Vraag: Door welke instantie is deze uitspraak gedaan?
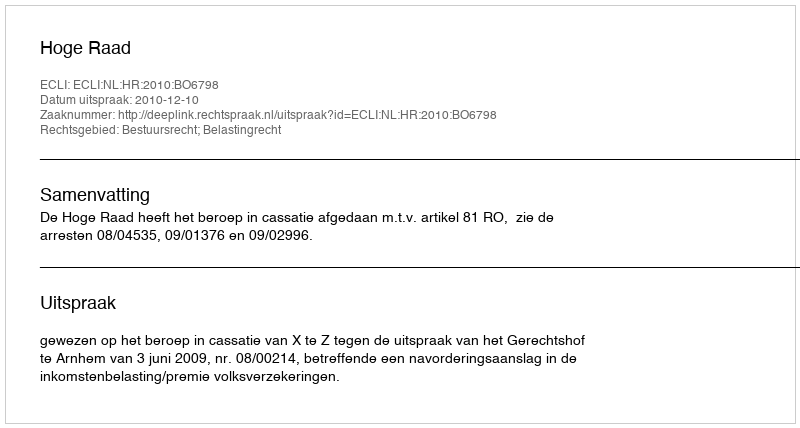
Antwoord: Hoge Raad